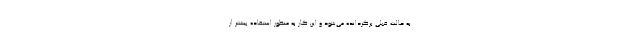
به حالت قبلی برگردانده می‌شود و این کار به منظور استفاده بیشتر از